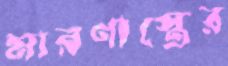
মারণাস্ত্রের